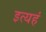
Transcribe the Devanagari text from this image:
इत्यहं